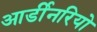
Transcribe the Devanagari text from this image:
आर्डीनरियो